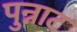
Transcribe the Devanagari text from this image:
पुन्नाट